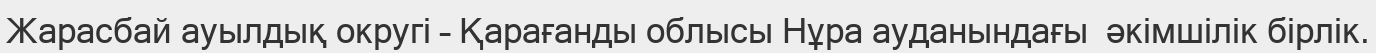
Жарасбай ауылдық округі – Қарағанды облысы Нұра ауданындағы  әкімшілік бірлік.